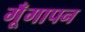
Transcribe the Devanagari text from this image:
गूँगापन